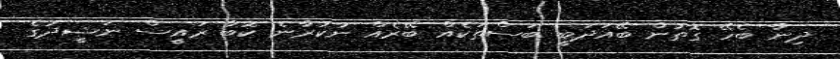
ދިނާ ބެހޭ ގޮތުން ބޭއަދަބީ ބަސްތަކެއް ބޭރެއް ނުކުރާނެ ކޮބާ ރައީސް ނަޝީދުގެ